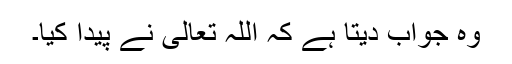
وہ جواب دیتا ہے کہ اللہ تعالیٰ نے پیدا کیا۔